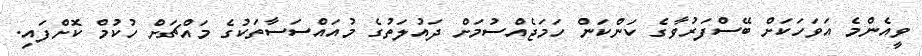
ވީއެންމެ އަވަހަކަށް ބޭސްފަރުވާގެ ކަންކަން ހަމަޖެއްސުމަށް ދައުލަތުގެ މުއައްސަސާތަކުގެ މައްޗަށް ހުކުމް ކޮށްފައި.